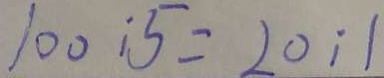
1 0 0 : 5 = 2 0 : 1